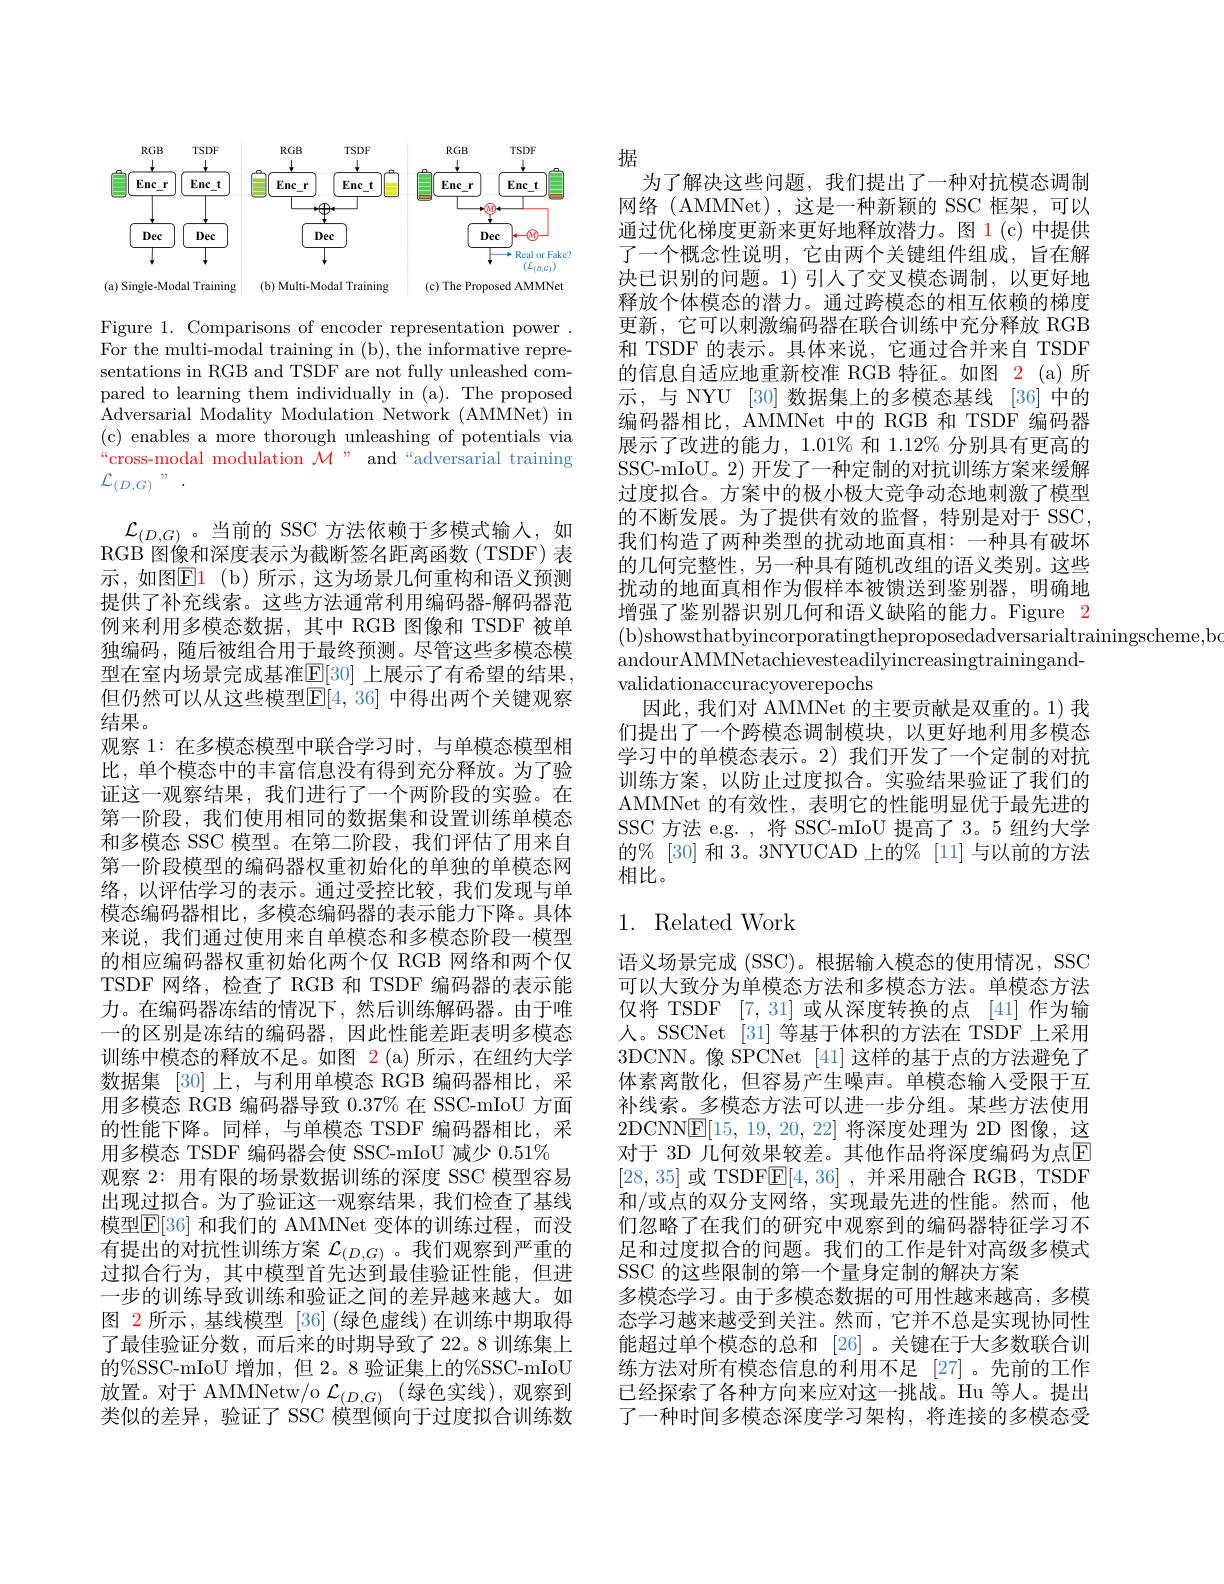
<FigureHere>

Figure 1. Comparisons of encoder representation power . For the multi-modal training in (b), the informative representations in RGB and TSDF are not fully unleashed compared to learning them individually in (a). The proposed Adversarial Modality Modulation Network (AMMNet) in (c) enables a more thorough unleashing of potentials via “cross-modal modulation $\mathcal{M}$” and“adversarial training $\mathcal{L}_{(D,G)}$”.

$\mathcal{L}_{(D,G)}$。当前的 SSC 方法依赖于多模式输人，如RGB 图像和深度表示为截断签名距离函数(TSDF)表示，如图$\color{red}{\mathrm{E1~(b)}}$所示，这为场景几何重构和语义预测提供了补充线索。这些方法通常利用编码器-解码器范例来利用多模态数据，其中 RGB 图像和 TSDF 被单独编码，随后被组合用于最终预测。尽管这些多模态模型在室内场景完成基准$\mathbb{E}[30]$ 上展示了有希望的结果， 但仍然可以从这些模型$\mathbb{E}[4,36]$ 中得出两个关键观察结果。
观察 1: 在多模态模型中联合学习时，与单模态模型相比，单个模态中的丰富信息没有得到充分释放。为了验证这一观察结果，我们进行了一个两阶段的实验。在第一阶段，我们使用相同的数据集和设置训练单模态和多模态 SSC 模型。在第二阶段，我们评估了用来自第一阶段模型的编码器权重初始化的单独的单模态网络，以评估学习的表示。通过受控比较，我们发现与单模态编码器相比，多模态编码器的表示能力下降。具体来说，我们通过使用来自单模态和多模态阶段一模型的相应编码器权重初始化两个仅 RGB 网络和两个仅TSDF 网络，检查了 RGB 和 TSDF 编码器的表示能力。在编码器冻结的情况下，然后训练解码器。由于唯一的区别是冻结的编码器，因此性能差距表明多模态训练中模态的释放不足。如图 2(a)所示，在纽约大学数据集 [30]上，与利用单模态 RGB 编码器相比，采用多模态 RGB 编码器导致$0.37\%$在 SSC-mIoU 方面的性能下降。同样，与单模态 TSDF 编码器相比，采用多模态 TSDF 编码器会使 SSC-mIoU 减少 0.51%
观察 2: 用有限的场景数据训练的深度 SSC 模型容易出现过拟合。为了验证这一观察结果，我们检查了基线模型$\mathbb{E}[36]$ 和我们的 AMMNet 变体的训练过程，而没有提出的对抗性训练方案$\mathcal{L}_(D,G)$ 。我们观察到严重的过拟合行为，其中模型首先达到最佳验证性能，但进一步的训练导致训练和验证之间的差异越来越大。如图 2 所示，基线模型 [36] (绿色虚线)在训练中期取得了最佳验证分数，而后来的时期导致了 22。8 训练集上的%SSC-mIoU 增加，但 2。8 验证集上的%SSC-mIoU 放置。对于 AMMNetw/o $\mathcal{L}_(D,G)$ (绿色实线),观察到类似的差异，验证了 SSC 模型倾向于过度拟合训练数

据
为了解决这些问题，我们提出了一种对抗模态调制网络(AMMNet),这是一种新颖的 SSC 框架，可以通过优化梯度更新来更好地释放潜力。图 1(c) 中提供了一个概念性说明，它由两个关键组件组成，旨在解决已识别的问题。1)引人了交叉模态调制，以更好地释放个体模态的潜力。通过跨模态的相互依赖的梯度更新，它可以刺激编码器在联合训练中充分释放 RGB 和 TSDF 的表示。具体来说，它通过合并来自 TSDF 的信息自适应地重新校准 RGB 特征。如图 2(a)所示，与 NYU [30] 数据集上的多模态基线 [36]中的编码器相比，AMMNet 中的 RGB 和 TSDF 编码器展示了改进的能力，1.01% 和 1.12% 分别具有更高的SSC-mIoU。2) 开发了一种定制的对抗训练方案来缓解过度拟合。方案中的极小极大竞争动态地刺激了模型的不断发展。为了提供有效的监督，特别是对于 SSC, 我们构造了两种类型的扰动地面真相：一种具有破坏的几何完整性，另一种具有随机改组的语义类别。这些扰动的地面真相作为假样本被馈送到鉴别器，明确地增强了鉴别器识别几何和语义缺陷的能力。Figure 2
andourAMMNetachievesteadilyincreasingtrainingand-
validationaccuracyoverepochs
因此，我们对 AMMNet 的主要贡献是双重的。1) 我们提出了一个跨模态调制模块，以更好地利用多模态学习中的单模态表示。2)我们开发了一个定制的对抗训练方案，以防止过度拟合。实验结果验证了我们的AMMNet 的有效性，表明它的性能明显优于最先进的SSC 方法 e.g. ,将 SSC-mIoU 提高了 3。5 纽约大学的% [30] 和 3。3NYUCAD 上的% [11] 与以前的方法相比。

## 1. Related Work

语义场景完成 (SSC)。根据输入模态的使用情况，SSC 可以大致分为单模态方法和多模态方法。单模态方法仅将 TSDF [7,31] 或从深度转换的点 [41] 作为输人。SSCNet [31] 等基于体积的方法在 TSDF 上采用3DCNN。像 SPCNet [41]这样的基于点的方法避免了体素离散化，但容易产生噪声。单模态输人受限于互补线索。多模态方法可以进一步分组。某些方法使用2DCNN$\boxed{\mathrm{E}}[15,19,20,22]$将深度处理为 2D 图像，这对于 3D 几何效果较差。其他作品将深度编码为点$\mathbb{E}$ [28,35]或 TSDF$\underline{\mathrm{E}}[4,36]$ ,并采用融合 RGB, TSDF 和/或点的双分支网络，实现最先进的性能。然而，他们忽略了在我们的研究中观察到的编码器特征学习不足和过度拟合的问题。我们的工作是针对高级多模式SSC 的这些限制的第一个量身定制的解决方案
多模态学习。由于多模态数据的可用性越来越高，多模态学习越来越受到关注。然而，它并不总是实现协同性能超过单个模态的总和 [26] 。关键在于大多数联合训练方法对所有模态信息的利用不足[27]。先前的工作已经探索了各种方向来应对这一挑战。Hu 等人。提出了一种时间多模态深度学习架构，将连接的多模态受